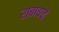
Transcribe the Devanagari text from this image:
राबायचे